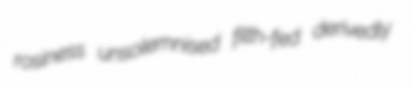
rosiness unsolemnised filth-fed derivedly